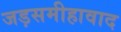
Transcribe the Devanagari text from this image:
जड़समीहावाद